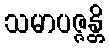
သမာပဇ္ဇန္တိ